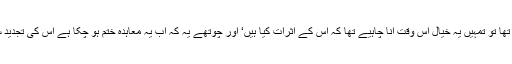
تیسرے یہ کہ تمہارے ملک کے ساتھ تجارتی معاہدہ دو ہزار چھ میں ہوا تھا تو تمہیں یہ خیال اس وقت آنا چاہیے تھا کہ اس کے اثرات کیا ہیں‘ اور چوتھے یہ کہ اب یہ معاہدہ ختم ہو چکا ہے اس کی تجدید سے پہلے تم لوگ خوب سوچ سمجھ کر اسے بدلنے پر بات چیت کر لو‘‘۔